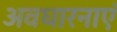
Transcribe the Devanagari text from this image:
अवधारनाएं